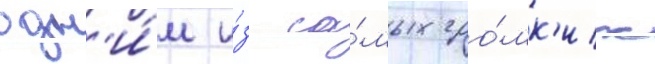
одн'и́м и́з са́мых гро́мк'их